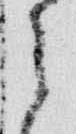
之